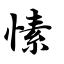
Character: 愫